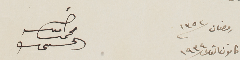
٢٠ رمضان سنة ١٣٥٢		 أمين محمد الحسيني